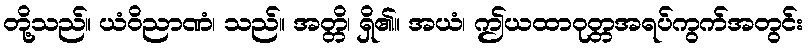
တို့သည်။ ယံဝိညာဏံ၊ သည်။ အတ္တိ၊ ရှိ၏။ အယံ၊ ဤယထာဝုတ္တအရပ်ကွက်အတွင်း